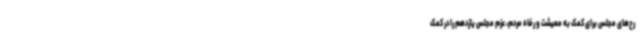
رح‌های مجلس برای کمک به معیشت و رفاه مردم، عزم مجلس یازدهم را در کمک